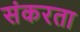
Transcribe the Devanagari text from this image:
संकरता